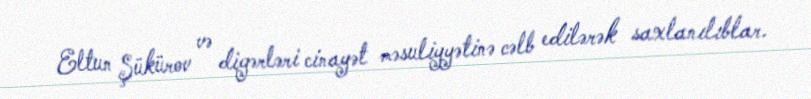
Eltun Şükürov və digərləri cinayət məsuliyyətinə cəlb edilərək saxlanılıblar.